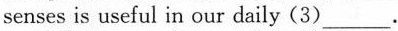
senses is useful in our daily(3) ___